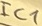
Text: IC1